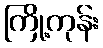
ကြို့ကုန်း